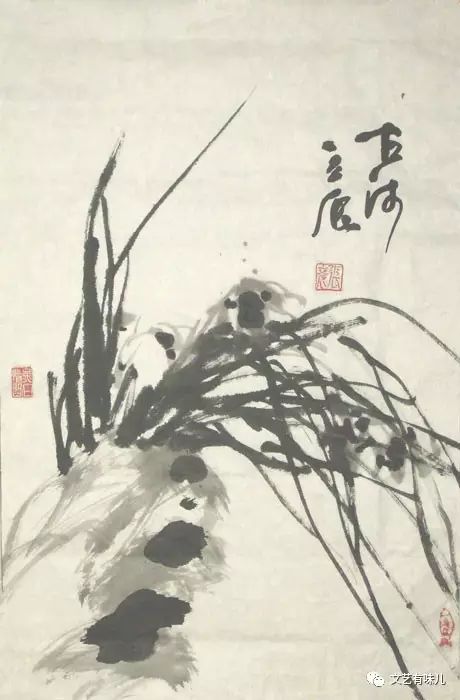
惨惨时节尽，兰叶复凋零。